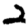
Digit: 2